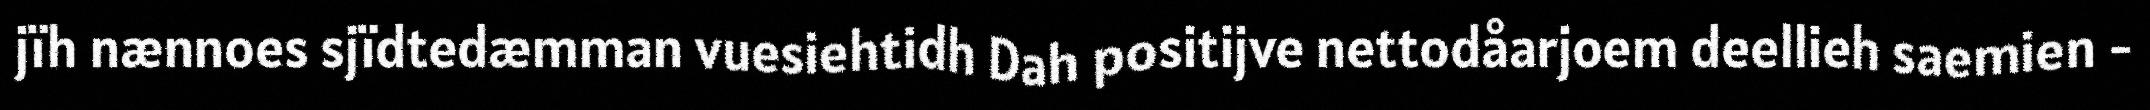
jïh nænnoes sjïdtedæmman vuesiehtidh Dah positijve nettodåarjoem deellieh saemien -